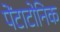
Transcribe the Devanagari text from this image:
पेंटाटोनिक